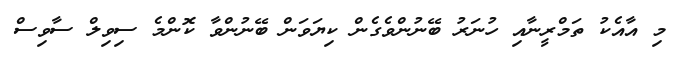
މި އާއެކު ތަމްރީނާއި ހުނަރު ބޭނުންވެގެން ކިޔަވަން ބޭނުންވާ ކޮންމެ ސިވިލް ސާވިސް